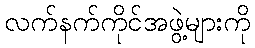
လက်နက်ကိုင်အဖွဲ့များကို